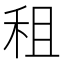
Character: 租